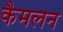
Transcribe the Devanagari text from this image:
कैमलन